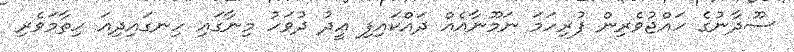
ސޫދާނުގެ ހައްޖުވެރިން ފުރިހަމަ ނަމޫނާއެއް ދައްކައިފި ޢީދު ދުވަހު މިނާގައި ހިނގައިދިއަ ހިތާމަވެރި